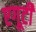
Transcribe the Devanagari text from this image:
एगूटी